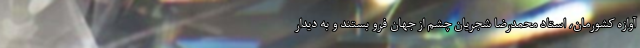
آوازه کشورمان، استاد محمدرضا شجریان چشم از جهان فرو بستند و به دیدار